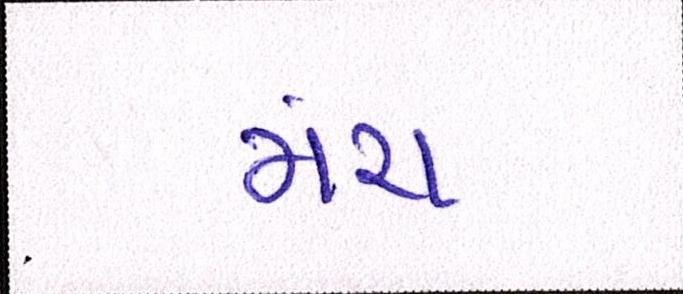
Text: મંચ